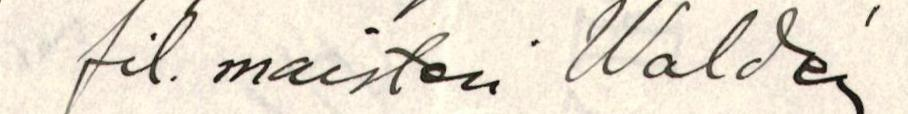
fil. maisteri Waldén